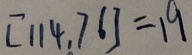
[ 1 1 4 . 7 6 ] = 1 9